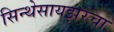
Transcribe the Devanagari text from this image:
सिन्थेसायझरचा